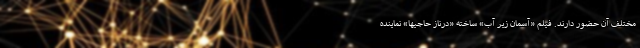
مختلف آن حضور دارند. فیلم «آسمان زیر آب» ساخته «درناز حاجیها» نماینده